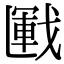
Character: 𢧰